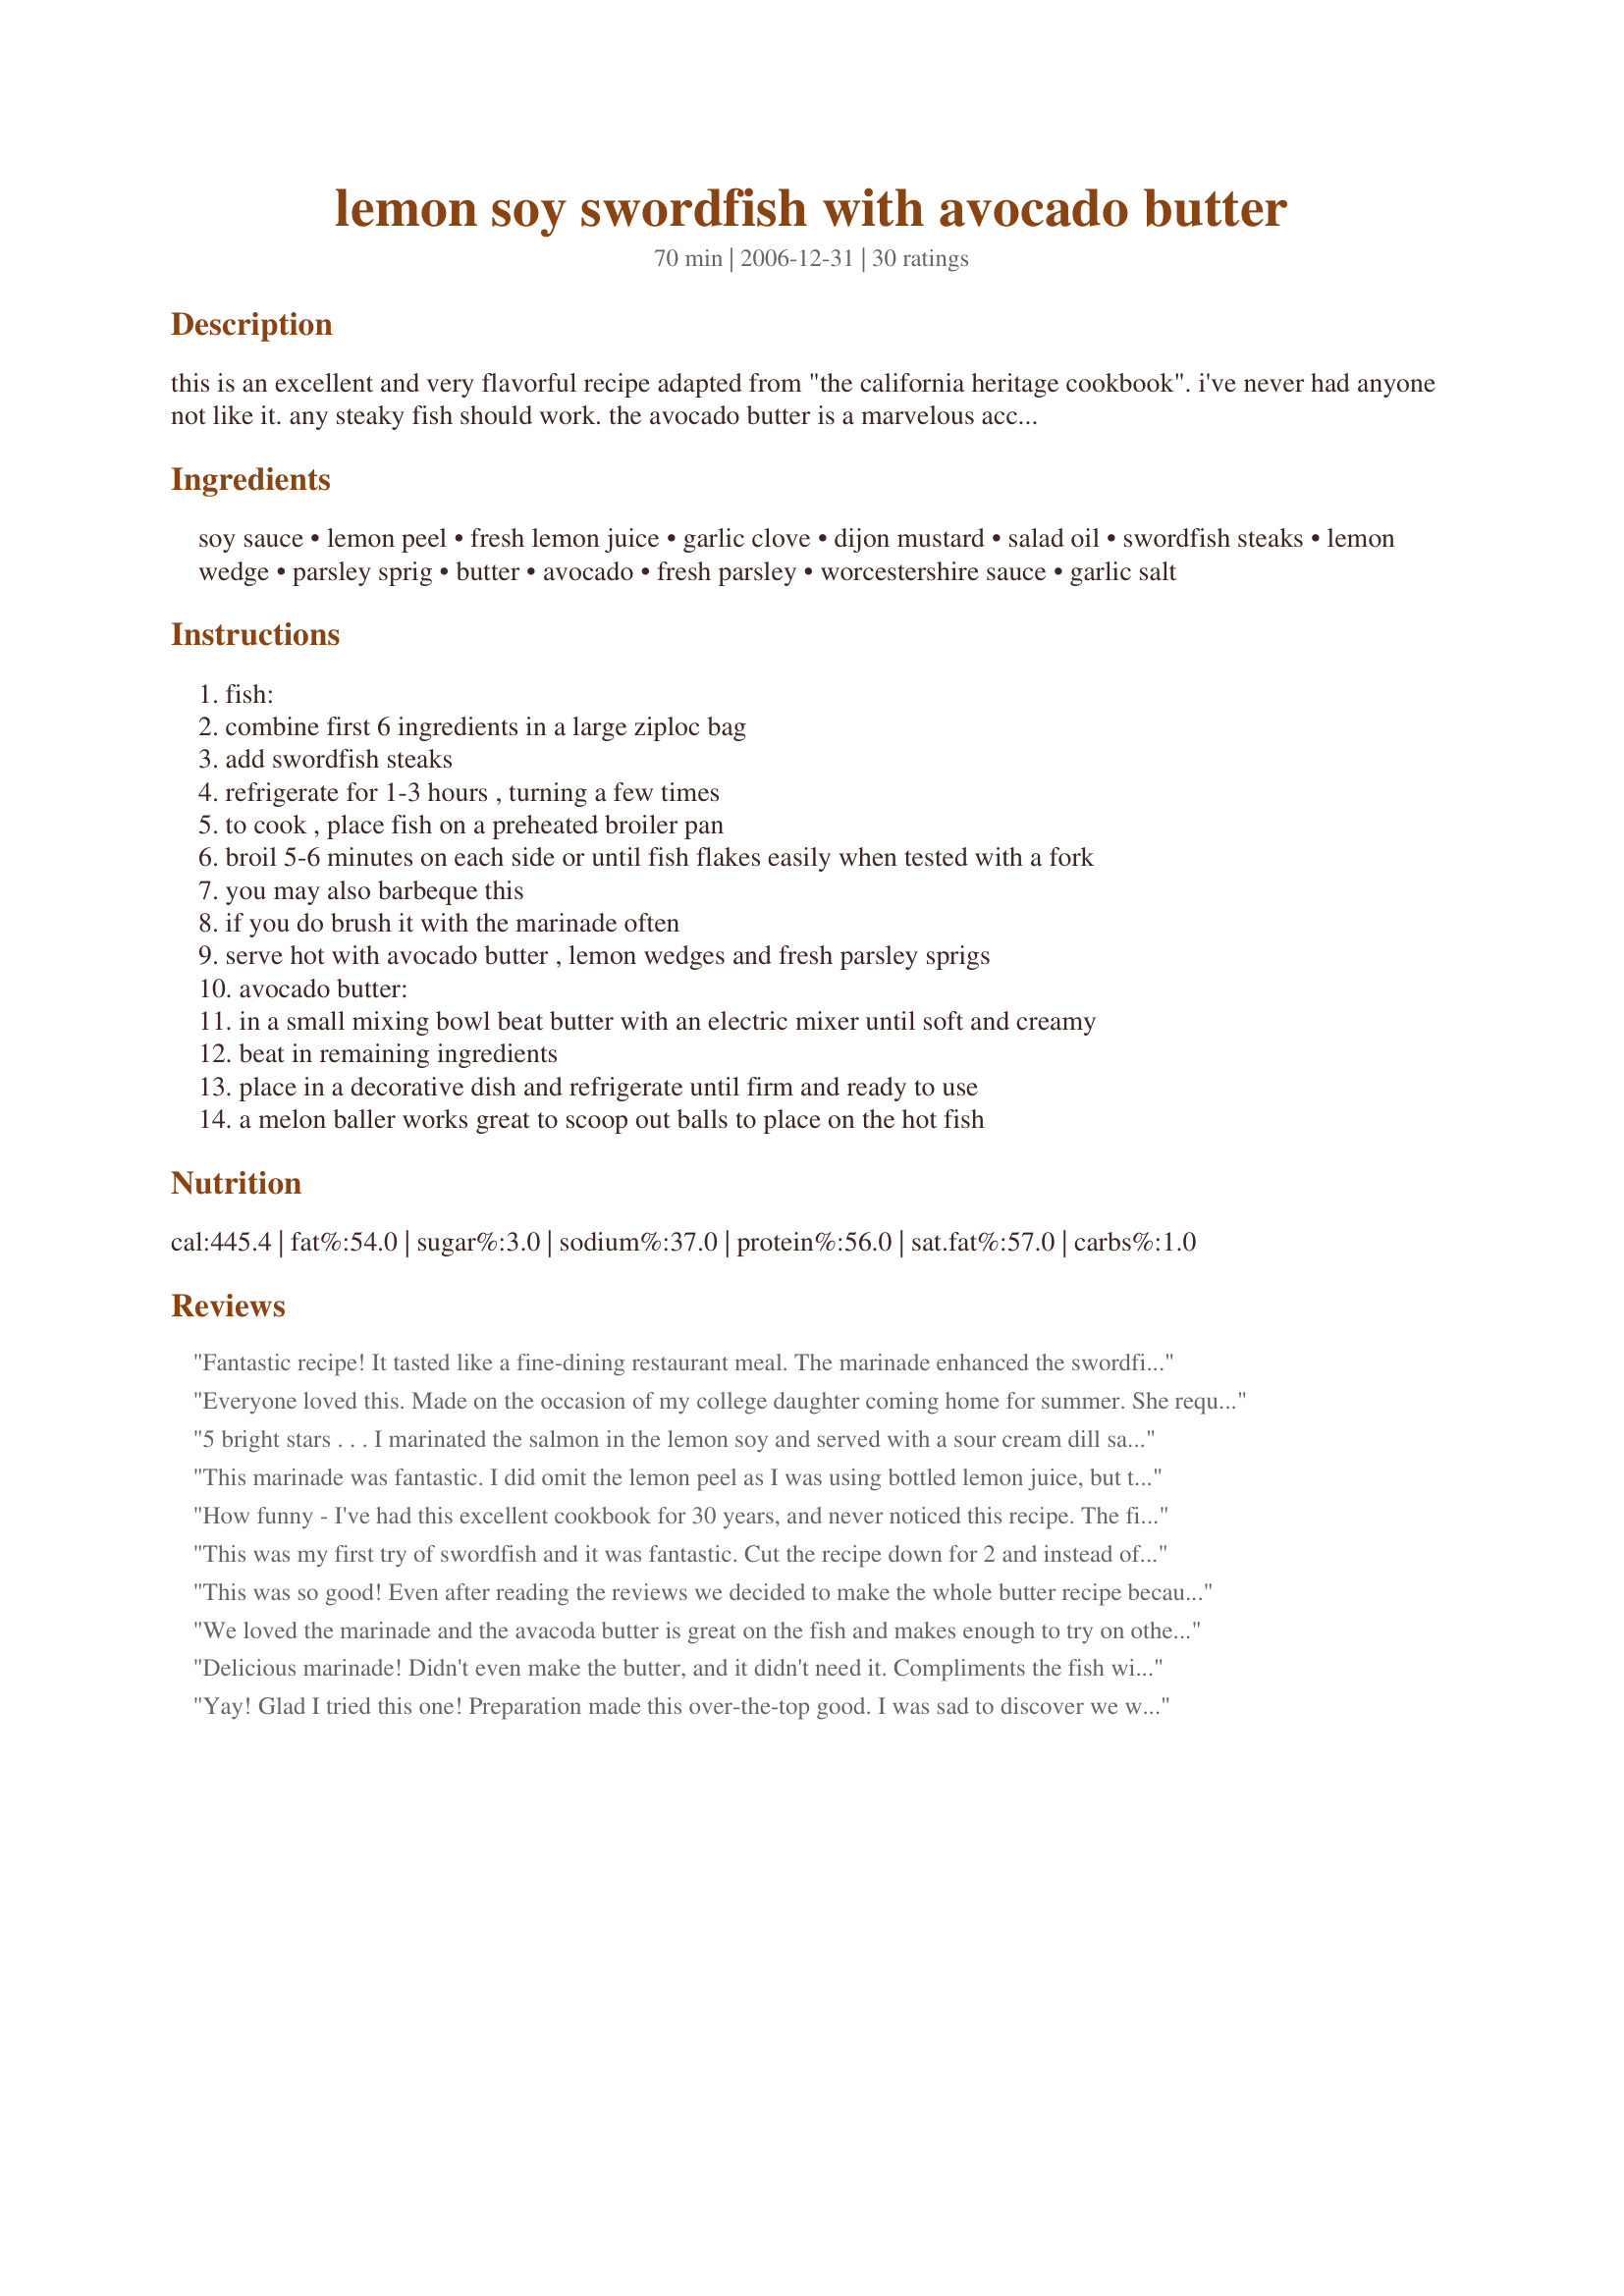
lemon soy swordfish with avocado butter
Preparation time: 70 minutes

this is an excellent and very flavorful recipe adapted from "the california heritage cookbook". i've never had anyone not like it. any steaky fish should work. the avocado butter is a marvelous accompaniment for any barbecued fish, especially swordfish or salmon.

Ingredients:
soy sauce, lemon peel, fresh lemon juice, garlic clove, dijon mustard, salad oil, swordfish steaks, lemon wedge, parsley sprig, butter, avocado, fresh parsley, worcestershire sauce, garlic salt

Steps:
fish:
combine first 6 ingredients in a large ziploc bag
add swordfish steaks
refrigerate for 1-3 hours , turning a few times
to cook , place fish on a preheated broiler pan
broil 5-6 minutes on each side or until fish flakes easily when tested with a fork
you may also barbeque this
if you do brush it with the marinade often
serve hot with avocado butter , lemon wedges and fresh parsley sprigs
avocado butter:
in a small mixing bowl beat butter with an electric mixer until soft and creamy
beat in remaining ingredients
place in a decorative dish and refrigerate until firm and ready to use
a melon baller works great to scoop out balls to place on the hot fish

Reviews:
Fantastic recipe! It tasted like a fine-dining restaurant meal. The marinade enhanced the swordfish, didn't overpower it--came out soooo delicately delicious. I doubled the avocado in the butter recipe to make it healthier and it rocked! I grilled some asparagus along with the fish and added to butter to it too -- mmmmm, wonderful!
Everyone loved this. Made on the occasion of my college daughter coming home for summer. She requested swordfish and I picked this recipe. I didn't tell them that there was avocado in the butter, and everyone seemed to enjoy it. The butter makes a LOT. You get a whole cup or more. You could easily make half and have enough for 8 people. An easy recipe, and we made it on the grill outside. Will definitely make again. Thanks!
5 bright stars . . . I marinated the salmon in the lemon soy and served with a sour cream dill sauce. Cooked it in my stove-top smoker! WONDERFUL! Thanks for sharing.
This marinade was fantastic. I did omit the lemon peel as I was using bottled lemon juice, but the lemon flavor was still present. I used the broiling method and it came out perfect. I'm not a fan of avocado so I can't speak for the butter, but the fish was delicious. My first time making (and eating) swordfish! Thanks!
How funny - I've had this excellent cookbook for 30 years, and never noticed this recipe. The fish is excellent. My family normally isn't fond of fish, but we ate this all up! A very nice blend of seasonings in the marinade. The butter was good too, but the concensus was that the fish didn't need the topping, and it wasn't worth the extra effort. Thanks for sharing - now to pull out the book and see what else I've overlooked.
This was my first try of swordfish and it was fantastic. Cut the recipe down for 2 and instead of salad oil i used sesame oil as another reviewer suggested. Loved the flavor of the lemon and soy sauce and the Avocado Butter was an added pleasure. Very tasty fish. Thanks for sharing.
This was so good! Even after reading the reviews we decided to make the whole butter recipe because it was our first time making this however they were right way too much butter, next time-and there will be a next time, I will make 1/2 of the butter recipe. Very tasty.
We loved the marinade and the avacoda butter is great on the fish and makes enough to try on other dishes, like crab cakes and lobster (great on both by the way)

Seared our fish for about 3 minutes per side on a super-heated grill. Looked great, tasted fantastic!
Delicious marinade! Didn't even make the butter, and it didn't need it. Compliments the fish without overpowering. We grilled these swordfish, about 8-10 minutes per side over medium heat. I poured the remaining marinade over the fish after I flipped them. Thanks!
Yay! Glad I tried this one! Preparation made this over-the-top good. I was sad to discover we were out of soy sauce so I used teriyaki (bottled) as a sub and it worked out fine. Made only 1/2 the butter and had plenty. Thanks for a really easy and super yummy recipe. :) ~messy44
This has become my go-to recipe for entertaining. It is flawless and so delicious. My only comment is that the avocado butter makes too much to use for only one meal - I would cut the portion in half.
This recipe is a KEEPER! The Avo butter esp. was so immensely easy and tasty, wicked smooth, and my new fave. Given the way it cuts the sat. fat it is going to be my "go to" holiday butter from here on in. Made a double batch to freeze for the upcoming festives.<br/><br/>I am definetly going to try the exact recipe when I have the proper ingredients on hand! Used lime, and lime zest. Olive oil, coarse dijon mustard, and Cod instead of Swordfish...rebel brat am I.<br/><br/>Personal P.S. I wasn't looking esp. for YOUR recipes (I still say Ree Cypes in my head; thanks for THAT!) only for good fish recipes. I was halfway through the marinade (don't tell my mom her laptop was on the kitchen counter.) when I saw Freddie Cat! A marked testament, I feel, to your contribution. How cool is that!
This was my first try of swordfish and it was fantastic. Loved the flavor of the lemon and soy sauce and the Avocado Butter was an added pleasure. Very tasty fish. Thanks for sharing.
This was really excellent. I almost didn't make the avocado butter but glad I did as it was a nice complement. I didn't actually have any parsley so I added a small amount of fresh basil instead. Thanks for posting this delicious recipe!
If I could give this ten stars I would! This was one of the best swordfish dishes I have ever had. My husband is already planning the future of the left over avocado butter, something about breakfast toast with pancetta. :) Amazing, and that is a word I have never used to review a recipe before. Thank You!
EXCELLENT recipe-- both the marinade and the avocado butter -- and together SO GOOD! The marinade adds flavor, but doesn't overwhelm the fish and the avocado butter is a perfect accompaniment.. The only change I made was to use half the butter and all of the avacado.. Marinated the swordfish for 3 hours..
Excellent! So glad we tried it. The marinade is good enough to stand alone, but the avocado butter was nothing short of incredible. We also used the butter on some jasmine rice as a side dish.
Fantastic! I defrosted the swordfish in the marinade and it was sooo tender. The avocado butter was delicious and went wonderfully with both the fish and the asparagus we served it with.
Loved it! I used salmon fillets, as mentioned while tagging, since I can't get hold of swordfish steaks here, other than that, didn't change a thing. Definitely a keeper, thanks for sharing.
This is a delicious recipe!!!! My husband says it is ****** stars!!!!! Marinade is delicious and avocado butter goes perfect with the fish. This is good enough for company.
Yum and wow! I used sesame oil as a substitution for the salad oil, and also did not use the avacado butter b/c I did not have the necessary ingredients. I look forward to trying that next time.... but the swordfish was delicious with this marinade.
Loved this with the avocado butter. Hadn&#039;t had swordfish in a long time, it was so good marinated and grilled. Served with Mexican Kale salad.
This is fabulous! The flavor of this is simply sensational. I used a salmon filet for this as I was unable to find either swordfish steaks or salmon steaks. But when I make this again, I wouldn't hesitate to do it the same way. The butter is flavorful and quite lemony. I would offer lemon wedges with your fish, however, this avocado butter is so flavorful, there is no need for addtional lemon. Thank you so much, Engrossed!
This is a great marinade for swordfish. I had never had swordfish before and this made a great first impression! The flavors work really well together and compliment the fish nicely. The picture I posted doesn't have the avocado butter because we forgot about it until we were almost done with the meal! Whoops! Make sure you don't substitute a tub spread for the butter--it will turn out way too salty. Thanks for posting a great recipe.
I loved this dish even without the avocado butter (hubby won't eat it). The marinade didn't overpower the fish...it was just right. I let the fish defrost in the marinade and cooked it in a saute pan with a bit of butter and olive oil. Served with brown rice casserole and spinach it was a delicious meal. Thanks for the recipe!
Delicious fish! I cut the recipe in half with no problems but forgot to make the avocado butter - delish! Thanks for sharing this keeper which we will be having again soon!
WOW!! made this tonight with one filet of swordfish and three chicken breasts (marinated in separate bags) I figure anything this tastes good on fish translates well to chicken. As the non fish eater in our family this is what works for us. I will be making this again for both and making this avocado butter as a staple. Thank you for sharing.
Wow. SO good. The avocado butter is to die for, and that coupled with the marinade is incredible. I want to put avocado butter on everything I eat now. Everyone here gives this 5 stars! Thanks for the great recipe!
Yum! This was an excellent way to prepare swordfish. Thanks!
So, this was the centerpiece to an incredible valentines dinner. The marinade and avocado butter were a perfect compliment. I Bbq the fish and basted liberally through the process. I did make a few changes based on things that i had on hand. I cut the recipe by more than half and only marinaded the fish for about 1/2 hour. i used cilantro rather than parsley.
